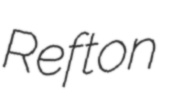
Refton